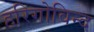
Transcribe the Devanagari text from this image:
हरिगोविन्द